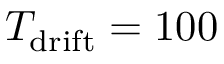
T _ { \mathrm { d r i f t } } = 1 0 0